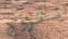
نتزوج